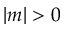
| m | > 0